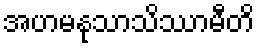
အဟမနုသာသိဿာမီတိ